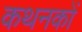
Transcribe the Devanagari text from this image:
कथनकों